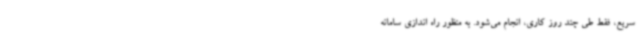
سریع، فقط طی چند روز کاری، انجام می‌شود. به منظور راه اندازی سامانه